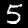
Digit: 5